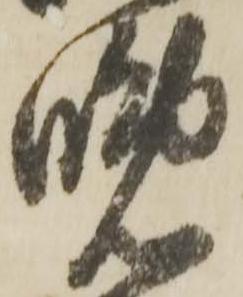
晩